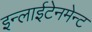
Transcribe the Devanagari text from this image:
इन्लाईटेनमेन्ट